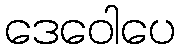
ဒေဝေါပေ